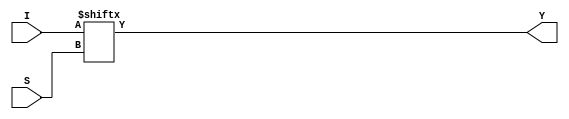

 module mux_8_1_df(Y,I,S);
 	input [7:0]I;
 	input [2:0]S;
 	output Y;

 assign Y= I[S];


 endmodule